Vaccination in Bombay 1913-1923 - 1913-1923
Year: 1913
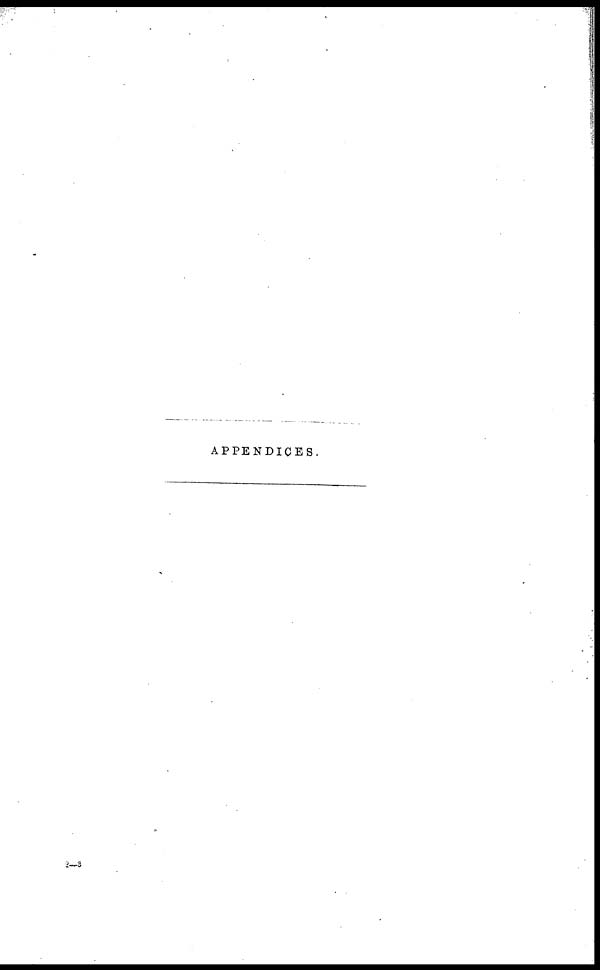
APPENDICES.
2—3